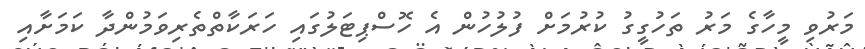
މަރުވި މީހާގެ މަރު ތަހުގީގު ކުރުމަށް ފުލުހުން އެ ހޮސްޕިޓަލުގައި ހަރަކާތްތެރިވަމުންދާ ކަމަށާއި